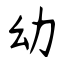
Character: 幼